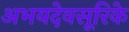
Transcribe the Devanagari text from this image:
अभयदेवसूरिके